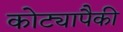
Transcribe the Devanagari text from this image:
कोट्यापैकी